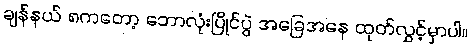
ချန်နယ် ၈ကတော့ ဘောလုံးပြိုင်ပွဲ အခြေအနေ ထုတ်လွှင့်မှာပါ။